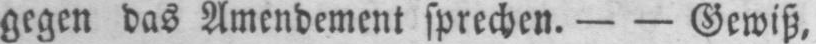
gegen das Amendement sprechen. - - Gewiß,